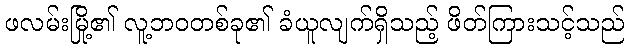
ဖလမ်းမြို့၏ လူ့ဘဝတစ်ခု၏ ခံယူလျက်ရှိသည့် ဖိတ်ကြားသင့်သည်